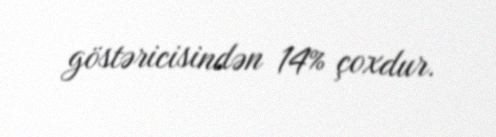
göstəricisindən 14% çoxdur.